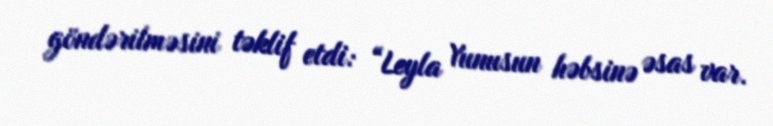
göndərilməsini təklif etdi: “Leyla Yunusun həbsinə əsas var.